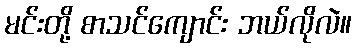
မင်းတို့ စာသင်ကျောင်း ဘယ်လိုလဲ။